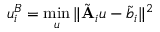
\boldsymbol { u } _ { i } ^ { B } = \operatorname* { m i n } _ { \boldsymbol { u } } \| \tilde { \mathbf { A } } _ { i } \boldsymbol { u } - \tilde { \boldsymbol { b } } _ { i } \| ^ { 2 }